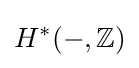
H^{*}(-,\mathbb {Z} )